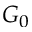
G _ { 0 }